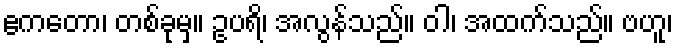
ဧကတော၊ တစ်ခုမှ။ ဥပရိ၊ အလွန်သည်။ ဝါ၊ အထက်သည်။ ဗဟူ၊